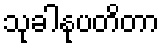
သုခါနုပတိတာ